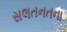
સલતનતના